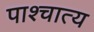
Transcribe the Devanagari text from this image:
पाश्‍चात्‍य